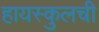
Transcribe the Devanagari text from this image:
हायस्कुलची